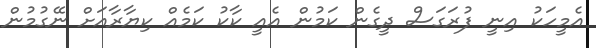
އެމީހަކު އިނީ ފުރަގަސް ދީގެން ކަމުން އެއީ ކާކު ކަމެއް ކިޔާރާއަށް ނޭގުމުން